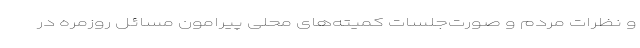
و نظرات مردم و صورت‌جلسات کمیته‌های محلی پیرامون مسائل روزمره در